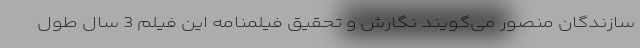
سازندگان منصور می‌گویند نگارش و تحقیق فیلمنامه این فیلم 3 سال طول